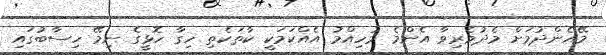
މޭއެންދުމަށް މެދުވެރިވާ އެންމެ މުހިއްމު އެއްކަމަކީ ކާތަކެތި ހިގާ ހޮޅީގެ ނިމޭ ހިސާބުގައި